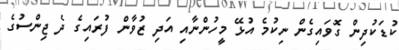
ކުޑަކުދިން ގޮވައިގެން ނިކުމެ އުޅޭ މީހުންނާއި އަދި ޒުވާން ފުރައިގެ ދެ ޖިންސުގެ